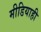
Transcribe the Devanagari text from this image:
मीडियाही